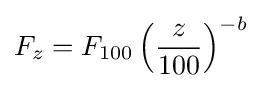
F_{z}=F_{100}\left({\frac {z}{100}}\right)^{-b}